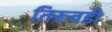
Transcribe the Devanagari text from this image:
तिरूवडी